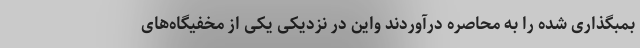
بمبگذاری شده را به محاصره درآوردند واین در نزدیکی یکی از مخفیگاه‌های